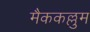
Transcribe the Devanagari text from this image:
मैककल्लुम